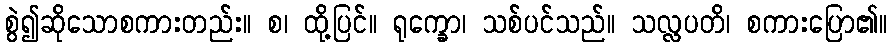
စွဲ၍ဆိုသောစကားတည်း။ စ၊ ထို့ပြင်။ ရုက္ခော၊ သစ်ပင်သည်။ သလ္လပတိ၊ စကားပြော၏။